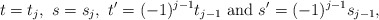
\begin{align*} t = t_j,\ s = s_j,\ t' = (-1)^{j - 1} t_{j - 1} \textrm{ and } s' = (-1)^{j - 1} s_{j - 1}, \end{align*}